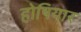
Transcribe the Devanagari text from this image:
होषियार